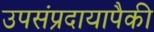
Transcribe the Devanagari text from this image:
उपसंप्रदायापैकी